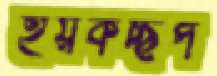
হয়কচ্ছপ